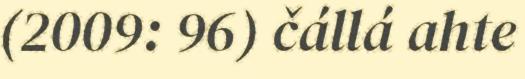
(2009: 96) čállá ahte